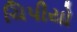
ચિપીયો